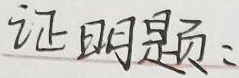
证明题：